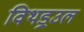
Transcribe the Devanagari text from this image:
विथड्रउल